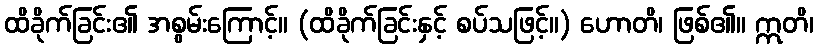
ထိခိုက်ခြင်း၏ အစွမ်းကြောင့်။ (ထိခိုက်ခြင်းနှင့် စပ်သဖြင့်။) ဟောတိ၊ ဖြစ်၏။ ဣတိ၊